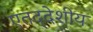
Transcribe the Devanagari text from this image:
एतद्‍देशीय